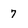
Character: 7